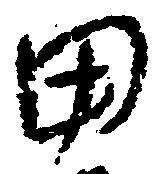
田